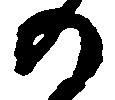
の